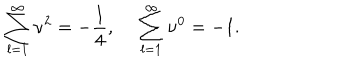
\sum _ { l = 1 } ^ { \infty } \nu ^ { 2 } = - \frac { 1 } { 4 } , ~ \sum _ { l = 1 } ^ { \infty } \nu ^ { 0 } = - 1 .